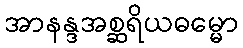
အာနန္ဒအစ္ဆရိယဓမ္မော